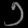
Digit: ၁